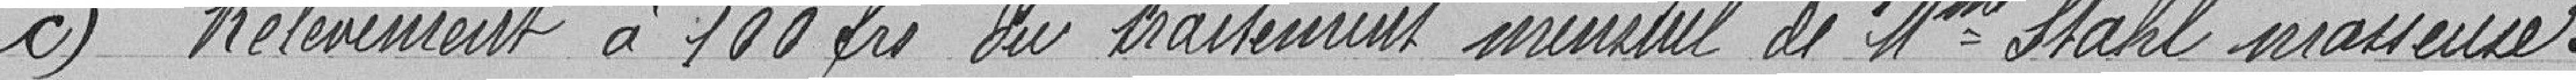
c) Relèvement à 100 francs du traitement mensuel de Madame Stahl, masseuse